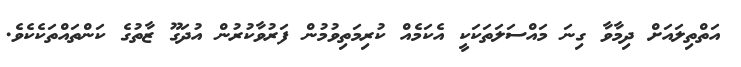
އަތްތިލައަށް ދިމާވާ ގިނަ މައްސަލަތަކަކީ އެކަމެއް ކުރިމަތިވުމުން ފަރުވާކުރުން އުދަގޫ ޒާތުގެ ކަންތައްތަކެކެވެ.